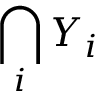
\bigcap _ { i } Y _ { i }